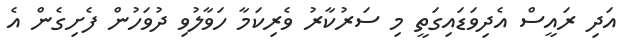
އަދި ރައީސް އެދިވަޑައިގަތީ މި ސަރުކާރު ވެރިކަމާ ހަވާލުވި ދުވަހުން ފެށިގެން އެ